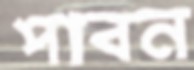
পাবন